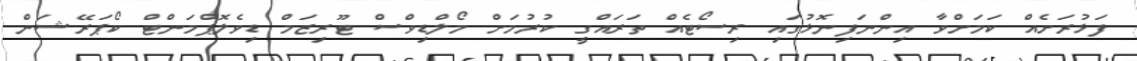
ފަޅުރަށެއް ކަމަށްވާ އިންނަފިނޮޅުގައި ރިސޯޓެއް ތަރައްގީ ކުރުމަށް މޯލްޑިވްސް ޓޫރިޒަމް ޑިވެލޮޕްމަންޓް ކޯޕަރޭޝަން